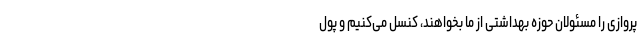
پروازی را مسئولان حوزه بهداشتی از ما بخواهند، کنسل می‌کنیم و پول